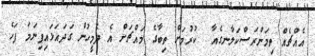
އެއްޗެއް ތިމަންރަސްކަލާނގެއާ  ކުރުމަށް ތިބާގެ މައްޗަށް އެ ދެމީހުން ގަދައަޅައިފިނަމަ ފަހެ